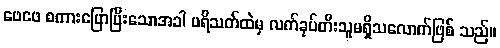
ဖေဖေ စကားပြောပြီးသောအခါ ပရိသတ်ထဲမှ လက်ခုပ်တီးသူမရှိသလောက်ဖြစ် သည်။